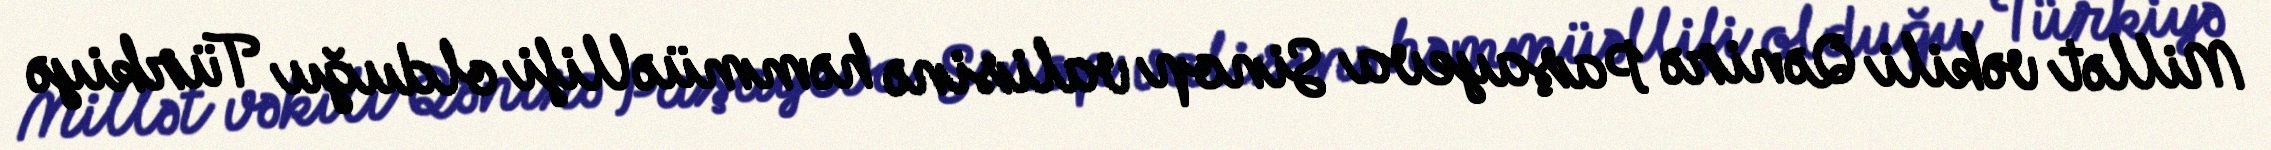
Millət vəkili Qənirə Paşayeva Sinop valisinə həmmüəllifi olduğu Türkiyə